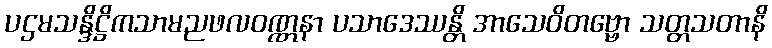
ပဌမသန္ဒိဋ္ဌိကသာမညဖလဝဏ္ဏနာ ပသာဒေဿန္တိ အာသေဝိတဗ္ဗော သတ္တသတာနိ